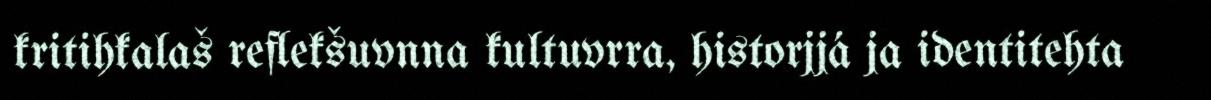
kritihkalaš reflekšuvnna kultuvrra, historjjá ja identitehta